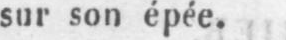
sur son épée.